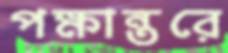
পক্ষান্তরে